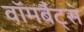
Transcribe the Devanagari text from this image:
वॉमबैट्स